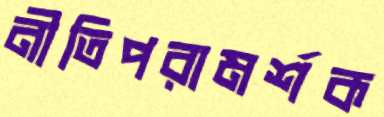
নীতিপরামর্শক